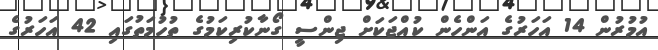
އުމުރުން 14 އަހަރުގެ އަންހެން ކުއްޖަކަށް ޖިންސީ ގޯނާކުރިކަމުގެ ތުހުމަތުގައި 42 އަހަރުގެ